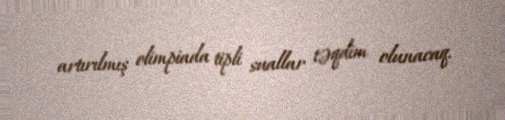
artırılmış olimpiada tipli suallar təqdim olunacaq.